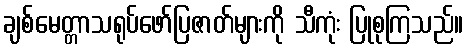
ချစ်မေတ္တာသရုပ်ဖော်ပြဇာတ်များကို သီကုံး ပြုစုကြသည်။